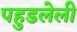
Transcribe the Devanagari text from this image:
पहुडलेली